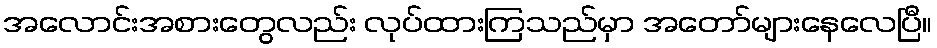
အလောင်းအစားတွေလည်း လုပ်ထားကြသည်မှာ အတော်များနေလေပြီ။